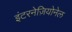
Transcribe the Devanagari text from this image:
इंटरनेज़ियोनेल